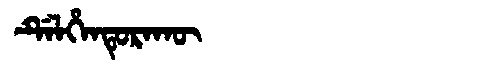
Manchu: ᡩᡝᠯᡥᡝᠨᡨᡠᡵᠠᡴᡡ
Romanization: DELHENTURAKŪ